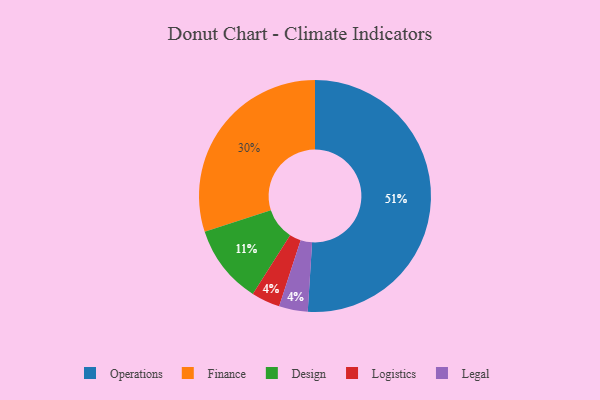
{"axis": {"x": "Category", "y": "Percentage"}, "legend": ["Design", "Finance", "Legal", "Logistics", "Operations"], "data": [{"x": "Logistics", "y": 4, "type": "Logistics"}, {"x": "Legal", "y": 4, "type": "Legal"}, {"x": "Operations", "y": 51, "type": "Operations"}, {"x": "Design", "y": 11, "type": "Design"}, {"x": "Finance", "y": 30, "type": "Finance"}]}